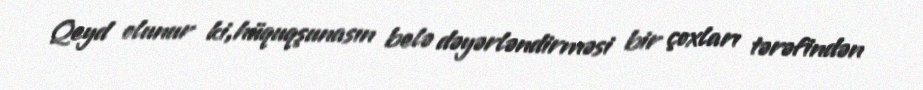
Qeyd olunur ki,hüquqşunasın belə dəyərləndirməsi bir çoxları tərəfindən